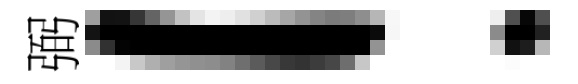
弼！